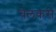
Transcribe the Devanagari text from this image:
चेलकरी